Black-water fever - Number 35
Disease focus: Fever
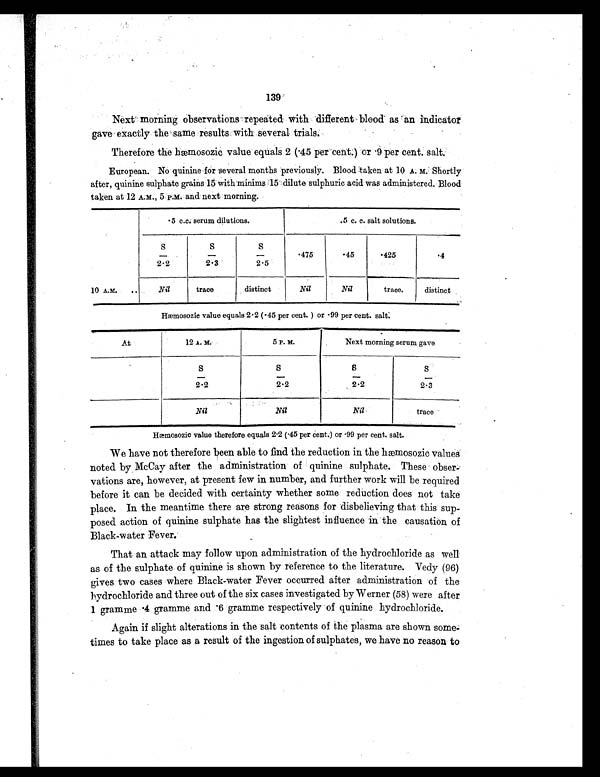
139
Next morning observations repeated with different blood as an indicator
gave exactly the same results with several trials.
Therefore the hæmosozic value equals 2 (45 per cent.) or 9 per cent. salt.-
European. No quinine for several months previously. Blood taken at 10 A. M. Shortly
after, quinine sulphate grains 15 with minims 15 dilute sulphuric acid was administered. Blood
taken at 12 A.M., 5 p.m. and next morning.
10 A.m.
.5 c.c. serum dilutions.
.5 c. c. salt solutions.
S
/ 2 . 2
S
/ 2 . 3
S
/ 2 . 5
.475
.45
. 4 2 5
.4
Nil
trace
distinct
Nil
Nil
trace.
distinct
Hæmosozic value equals 2.2 ( .45 per cent. ) or .99 per cent. salt.
At
12 A. M.
5 P. M.
Next morning serum gave
S
/ 2 . 2
S/ 2. 2
S/ 2. 2
S
/ 2 . 3
Nil
Nil
Nil
trace
Hæmosozic value therefore equals 2.2 (.45 per cent.) or .99 per cent. salt.
We have not therefore been able to find the reduction in the hæmosozic values
noted by McCay after the administration of quinine sulphate. These obser-
vations are, however, at present few in number, and further work will be required
before it can be decided with certainty whether some reduction does not take
place. In the meantime there are strong reasons for disbelieving that this sup-
posed action of quinine sulphate has the slightest influence in the causation of
Black-water Fever.
That an attack may follow upon administration of the hydrochloride as well
as of the sulphate of quinine is shown by reference to the literature. Vedy (96)
gives two cases where Black-water Fever occurred after administration of the
hydrochloride and three out of the six cases investigated by Werner (58) were after
1 gramme .4 gramme and .6 gramme respectively of quinine hydrochloride.
Again if slight alterations in the salt contents of the plasma are shown some-
times to take place as a result of the ingestion of sulphates, we have no reason to